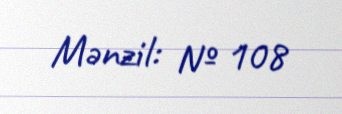
Mənzil: № 108